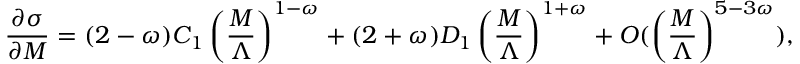
\frac { \partial \sigma } { \partial M } = ( 2 - \omega ) C _ { 1 } \left( \frac { M } { \Lambda } \right) ^ { 1 - \omega } + ( 2 + \omega ) D _ { 1 } \left( \frac { M } { \Lambda } \right) ^ { 1 + \omega } + { \cal O } ( \left( \frac { M } { \Lambda } \right) ^ { 5 - 3 \omega } ) ,